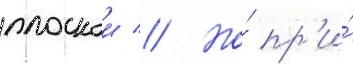
плоскои // Но́ пр'и́